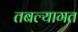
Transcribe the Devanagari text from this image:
तबल्यागत